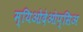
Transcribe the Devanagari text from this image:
म्यिओदेओप्सिअ